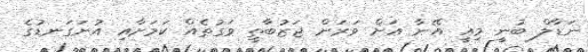
ނަޑާލް ބުނީ މިއީ އޭނާ އަށް ވަރަށް ޖަޒުބާތީ ވަގުތެއް ކަމަށާއި އުނަގަނޑުގެ